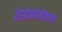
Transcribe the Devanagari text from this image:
तेझोझोमोकच्या